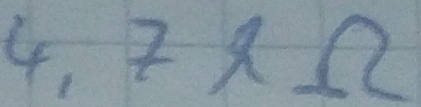
Text: 4,7kΩ